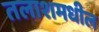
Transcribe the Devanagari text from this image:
तलाशमधील